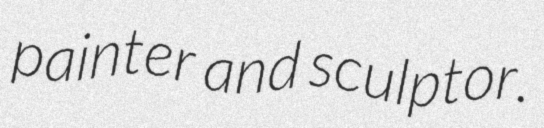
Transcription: painter and sculptor.